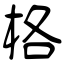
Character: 格